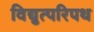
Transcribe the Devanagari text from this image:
विद्युत्परिपथ